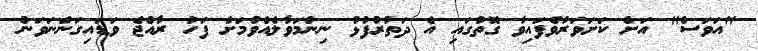
"އަވަސް" އަށް ކަށަވަރުވެފައިވާ ގޮތުގައި އެ ދަތުރުފުޅު ނިންމަވާލެއްވުމަށް ފަހު ރާއްޖެ ވަޑައިގަންނަވަން